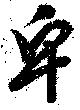
皁